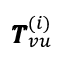
\pmb { T } _ { v u } ^ { ( i ) }